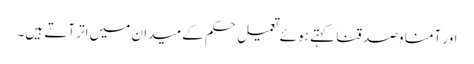
اور آمنا وصدقنا کہتے ہوئے تعمیل حکم کے میدان میں اتر آتے ہیں۔